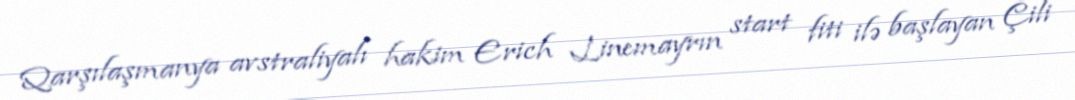
Qarşılaşmanya avstraliyalı hakim Erich Linemayrın start fiti ilə başlayan Çili